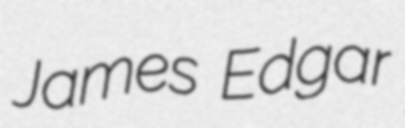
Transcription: James Edgar